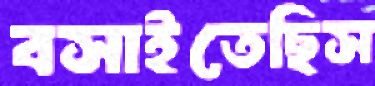
বসাইতেছিস